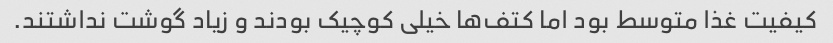
کیفیت غذا متوسط بود اما کتف‌ها خیلی کوچیک بودند و زیاد گوشت نداشتند.